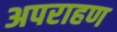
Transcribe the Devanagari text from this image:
अपराहण